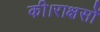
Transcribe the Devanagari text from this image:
की।राक्षसों